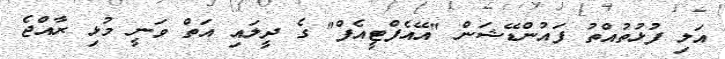
އަލި ފުޅުތުއްތު ފައުންޑޭޝަން "އޭއެފްޓީއެފް" ގެ ދީލައި އަތް ވަނީ މުޅި ރާއްޖެ